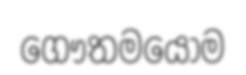
ගෞතමයෝම